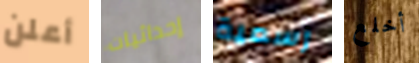
أعلن إحداثيات رسمية أخلع